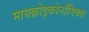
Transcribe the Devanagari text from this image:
मायक्रोइकोनॉमिक्स